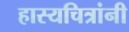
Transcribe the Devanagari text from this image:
हास्यचित्रांनी